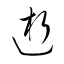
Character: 逝